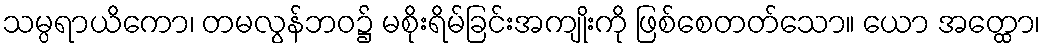
သမ္ပရာယိကော၊ တမလွန်ဘဝ၌ မစိုးရိမ်ခြင်းအကျိုးကို ဖြစ်စေတတ်သော။ ယော အတ္ထော၊